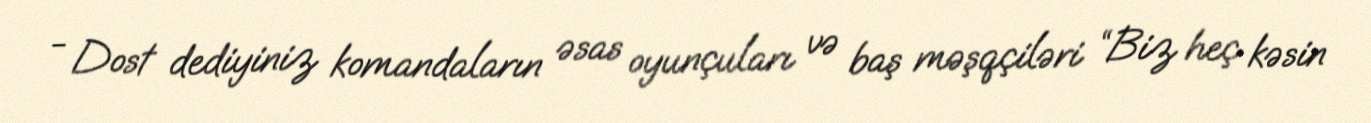
- Dost dediyiniz komandaların əsas oyunçuları və baş məşqçiləri “Biz heç kəsin